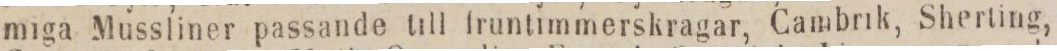
miga Mussliner passande till fruntimmerskragar, Cambrik, Sherting,